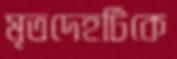
মৃতদেহটিকে